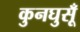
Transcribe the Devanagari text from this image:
कुनघुसूँ